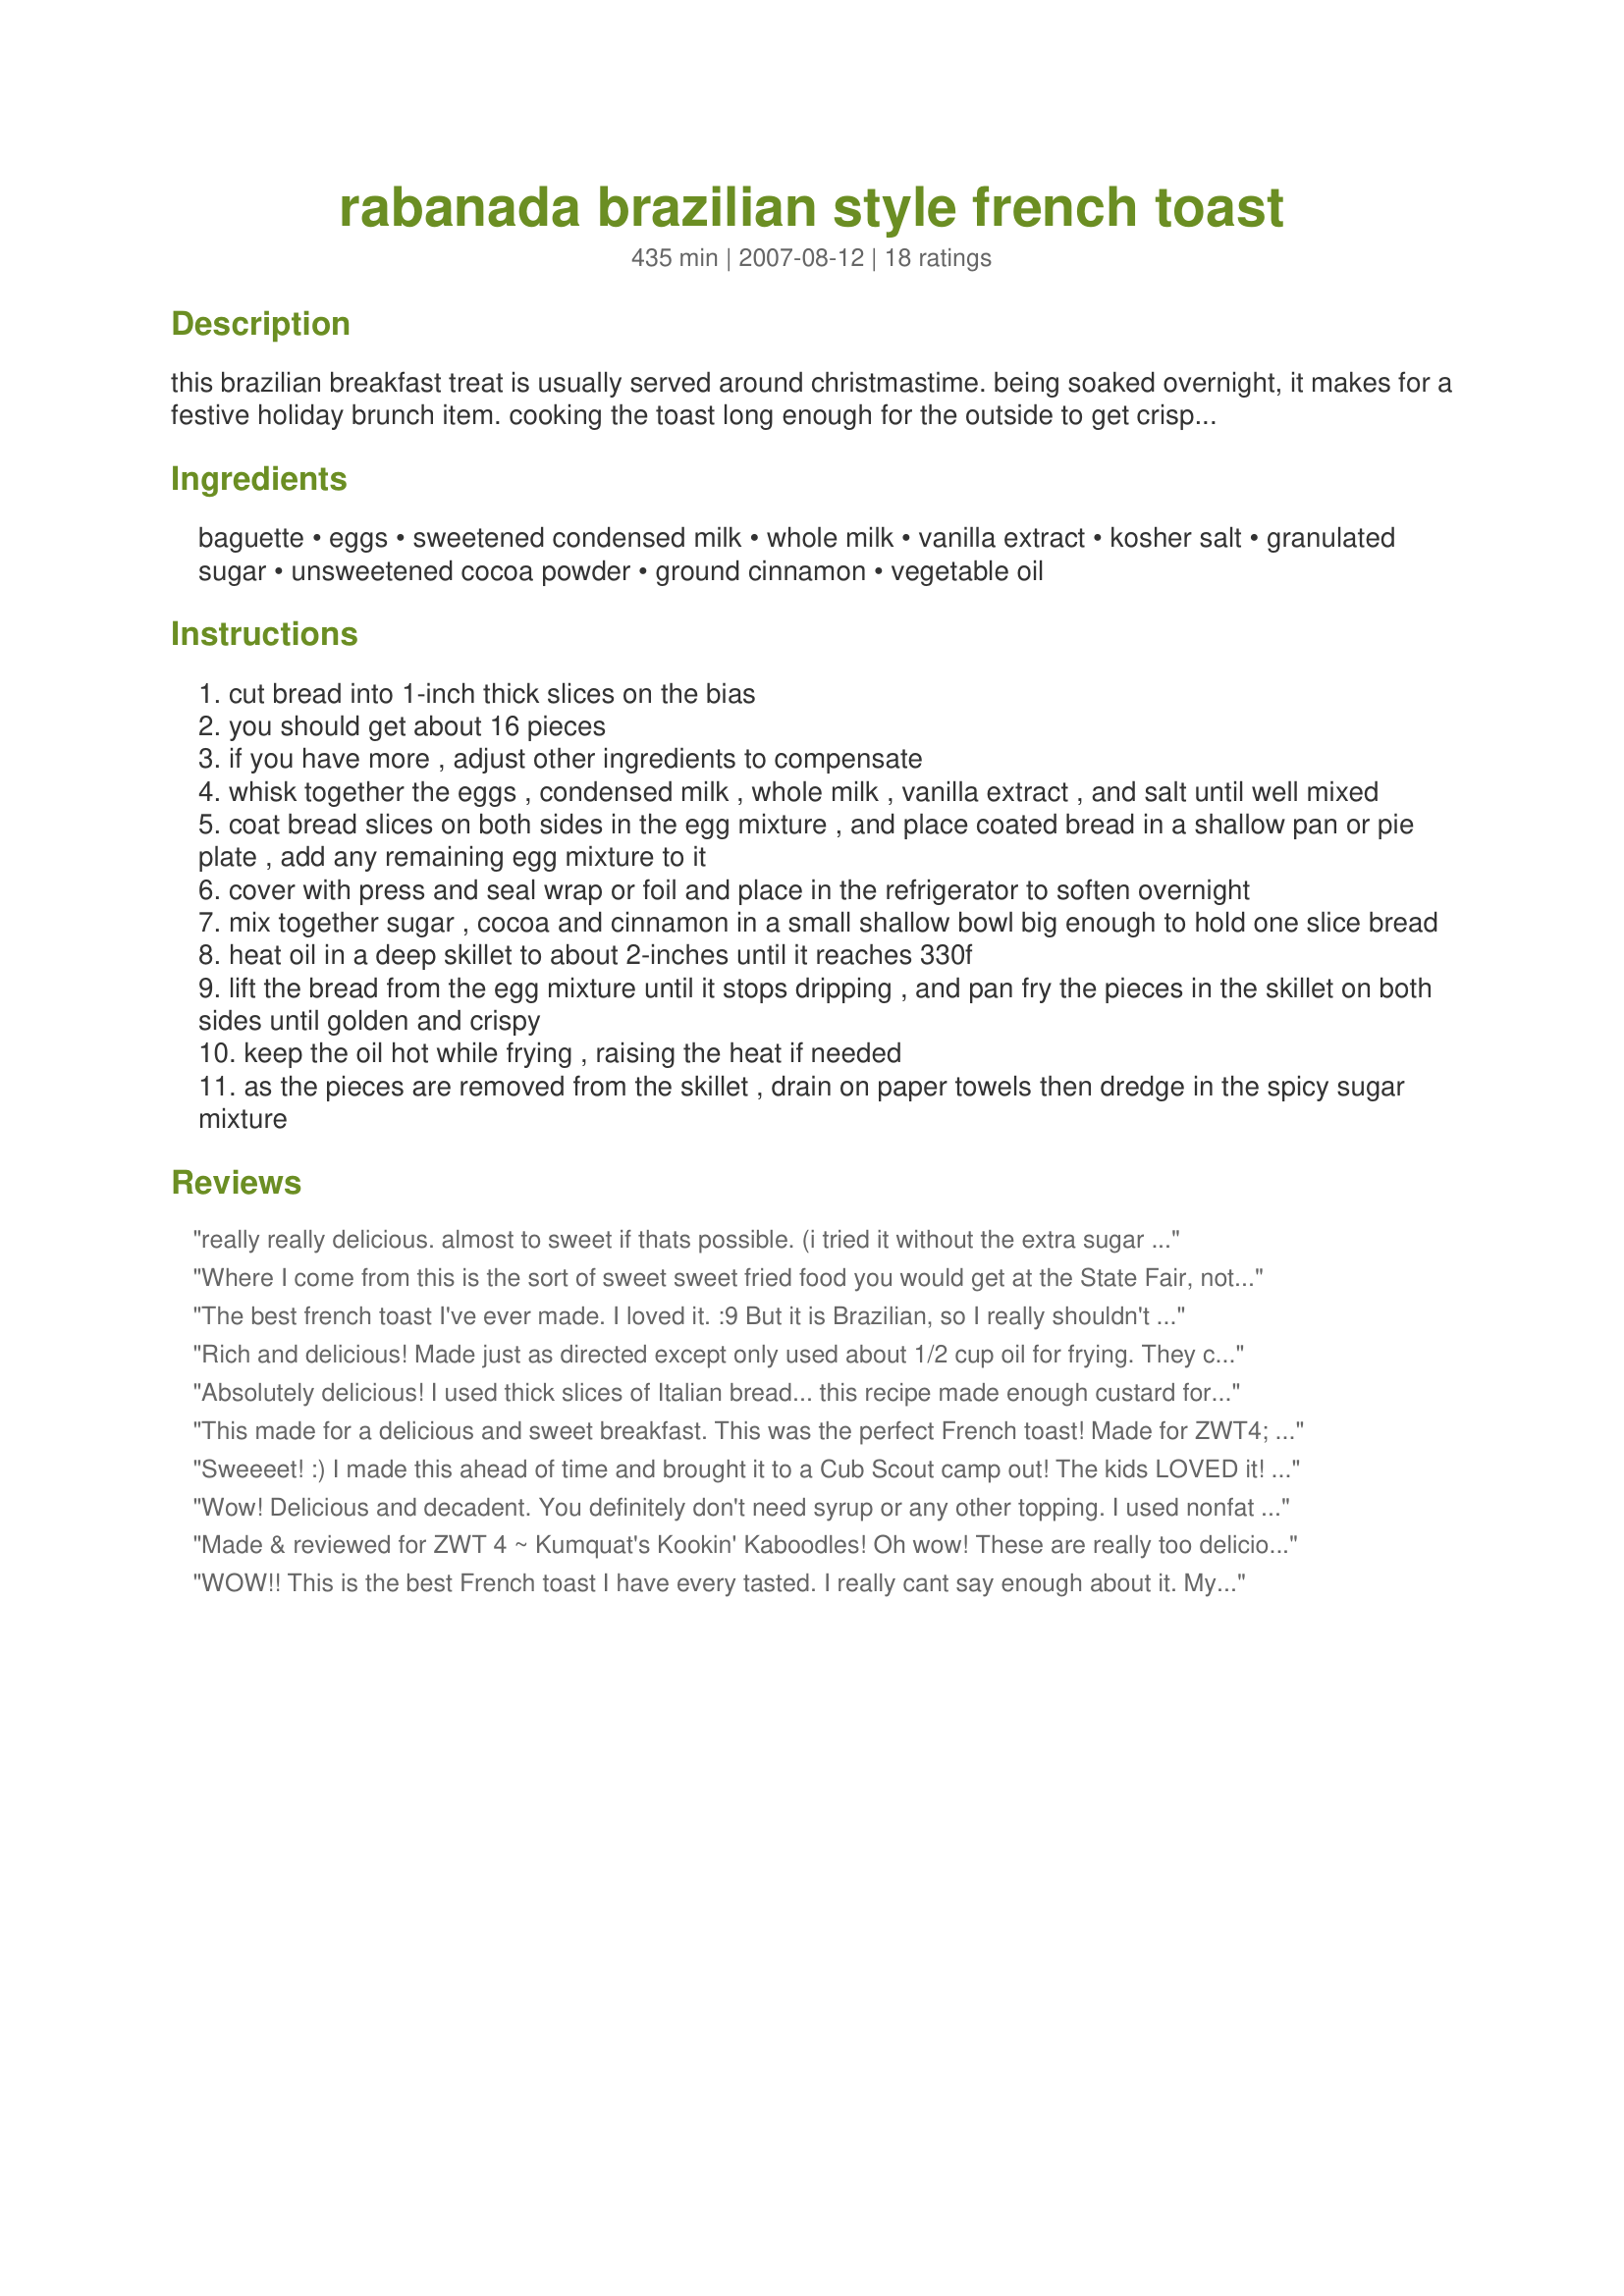
rabanada brazilian style french toast
Preparation time: 435 minutes

this brazilian breakfast treat is usually served around christmastime. being soaked overnight, it makes for a festive holiday brunch item. cooking the toast long enough for the outside to get crispy still leaves it with a custard-like interior that melts in the mouth. this recipe comes from chow, by aïda mollenkamp. i haven't tried this recipe yet, but i may try it with less oil on a griddle, and although a topping is not mentioned in the recipe, i might use chocolate syrup and whipped cream. pretty rich, but it is holiday fare after all. nt (not tried)

Ingredients:
baguette, eggs, sweetened condensed milk, whole milk, vanilla extract, kosher salt, granulated sugar, unsweetened cocoa powder, ground cinnamon, vegetable oil

Steps:
cut bread into 1-inch thick slices on the bias
you should get about 16 pieces
if you have more , adjust other ingredients to compensate
whisk together the eggs , condensed milk , whole milk , vanilla extract , and salt until well mixed
coat bread slices on both sides in the egg mixture , and place coated bread in a shallow pan or pie plate , add any remaining egg mixture to it
cover with press and seal wrap or foil and place in the refrigerator to soften overnight
mix together sugar , cocoa and cinnamon in a small shallow bowl big enough to hold one slice bread
heat oil in a deep skillet to about 2-inches until it reaches 330f
lift the bread from the egg mixture until it stops dripping , and pan fry the pieces in the skillet on both sides until golden and crispy
keep the oil hot while frying , raising the heat if needed
as the pieces are removed from the skillet , drain on paper towels then dredge in the spicy sugar mixture

Reviews:
really really delicious. almost to sweet if thats possible. (i tried it without the extra sugar sprinkled on first and just put some cocoa) 

The texture was heavenly. I did use almond extract instead of vanilla and next time i plan to squeeze some lemon juice over it. (ottawa beavertails have one with lemonjuice and sugar, a great combo for sweet fried things)
Where I come from this is the sort of sweet sweet fried food you would get at the State Fair, not something you would make in your home! I had some problem with the bread being too soft. I think probably a sourdough or egg-based bread would be best, something with firm texture that will hold up when soaked. I just panfried in about 1/2 inch of oil, instead of deep frying, and just sprinkled cocoa and cinammon rather than dredging in granulated sugar.
The best french toast I've ever made. I loved it. :9 But it is Brazilian, so I really shouldn't be surprised. lol. If you're looking for a pastry to eat with your morning coffee, this is it.
Rich and delicious! Made just as directed except only used about 1/2 cup oil for frying. They came out nice and crispy with a delightful soft texture on the inside. The kids and I really enjoyed this special-treat breakfast!
Absolutely delicious! I used thick slices of Italian bread... this recipe made enough custard for 6 big slices. 
It was super creamy (almost like bread pudding!) on the inside... sweet and crunchy on the outside. We just added a bit of powdered sugar after frying.. with a good cup of coffee - divine!
Sidenote: I had a few slices left over that I didn't fry... I just kept it in the fridge and took them out 10mins before serving dessert that night (had the family over for dinner)... I cut up the slices into "sticks" and fried them that way. Everyone asked for seconds! :) 
YUM YUM YUM 
Thank you for this recipe!
This made for a delicious and sweet breakfast. This was the perfect French toast! Made for ZWT4; for the Tastebud Tickling Travellers.
Sweeeet! :) I made this ahead of time and brought it to a Cub Scout camp out! The kids LOVED it! I used thickly sliced sour dough baguette and had no problem with the bread falling apart. It also soaked for a bit longer then suggested. I had a hard time regulating the heat over the campfire and had to switch to a Coleman stove. It was more like dessert then breakfast, but there was not one complain from the Cub Scouts. I loved the textures. It was nice and crisp on the outside and custardy on the inside. Zaar World Tour 4. Whine and Cheese.
Wow! Delicious and decadent. You definitely don't need syrup or any other topping. I used nonfat condensed milk/milk, and pan fried these like a lot of other reviewers did. You do need probably 3 tablespoons of oil though, otherwise they will stick. I also doubled the liquid milk and halved the sugar, which was just right for us. The texture of these are wonderful, crispy on the outside and soft on the inside. Yum!
Made & reviewed for ZWT 4 ~ Kumquat's Kookin' Kaboodles! Oh wow! These are really too delicious! I wanyed to try these as they look so similar to a favourite Portugese recipe of ours...this is now on rotation for Sunday breakfast! Thanks Sue for another super recipe :)
WOW!! This is the best French toast I have every tasted. I really cant say enough about it. My mother even told me this is the best she has ever had.....Will be keeping this one for sure. Thank you so much.
PAC (Fall) '07
Absolutely fabulous and worth every diet breaking bite! It's probably a good thing that the nutrition facts are not displayed. ;-)
Both Gato (big sweet tooth) and I (no sweet tooth) agree that these are 5-star, which means we'll make it again! Thanks, Lorie!
Delicious!!! Not for regular breakfast rotation, but wonderful for special day. I cooked mine in my electric skillet in order to assure appropriate tempature, but I ended up turning it upto about 375 degrees. Thanks for a wonderful recipe Lorie.
No photo, cause I didn't read the instructions carefully lol Before putting the slices in the oil, I coated them with the sugar cinnamon mixture. Error loll I saw that too late. Once they were crispy and brown, I put them on paper towel. Error again. It was stuck to it loll I was able to remove a few pieces of paper towel. It was still delicious. My baby of 2 years liked it so much. My BF also, I was surprised cause he doesn't like fried things. Thanks Lorie :) Made for 123 hit wonders.
This was a really good recipe; it is very rich and delicouis. The only thing I really wasn't a big fan of was the spicy mixture; I thought there was too much cocoa powder (but then again my wife thought it was just right, so adjust according to personal taste). We are having some people over for b-fast today so I'll make a follow up and let you know what everyone else thinks.
Delicious and rich. No toppings necessary. A rev-ed up pain perdu, quite luscious. It is (and all arteries are grateful) possible to make this on a non stick griddle--it is still delicious and sinfully rich but at least you've reduced the oil used.
Although the flavor is delicious, I would alter two things in this recipe if made again. (I made it to specs). The first thing is definitely reduce the oil! I think just enough to cover the bottom of the pan would be sufficient. The batter spits dangerously (probably due to the sweetened condensed milk). Either that or I would recommend using a deep fryer with a lid. Secondly, I would add more cocoa powder as I could not taste it at all. I did put some powdered sugar on some of them for added sweetness, but once tasted, realized they didn't need it. Overall, These were good and similar to donuts or beignets, but with a crispier outer crust. -Bird-
LOVED IT! Sue, this is a terrific recipe! It tastes like a beignet, but it's way easier. I made it with leftover recipe #38085 (also Sue's) and served with whipped cream and chocolate sprinkles. Also, I cut the recipe down to 1.33 servings which was enough for hubby and I, and I reduced the frying oil down to just a bit in the bottom of the pan. Thank you for posting what is sure to become a keeper in our house. Made for ZWT, please see my rating system as I rate tougher than most.
this was the best French Toast recipe ever! DW thought it would taste great with fresh berries. We used raw sugar (did not coat the toast like white would have), skim milk and egg beaters. These subs did not seem to change taste! I love it!
